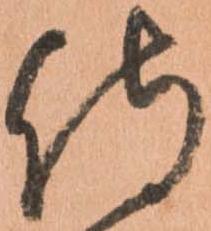
侍